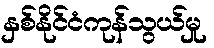
နှစ်နိုင်ငံကုန်သွယ်မှု